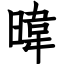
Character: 暐